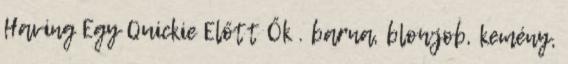
Having Egy Quickie Előtt Ők . barna, blowjob, kemény,